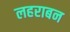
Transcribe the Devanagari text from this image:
लहराबन